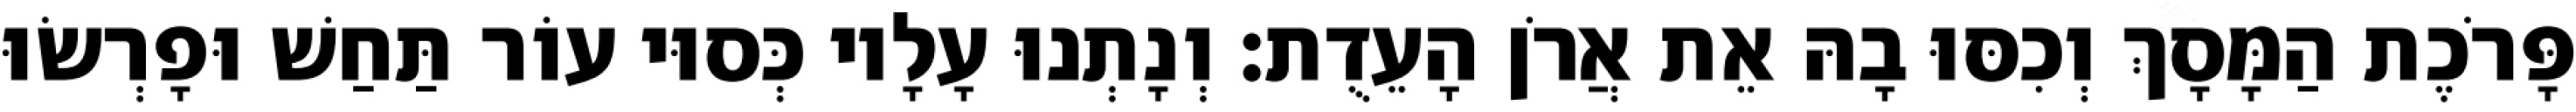
פָּרֹכֶת הַמָּסָךְ וְכִסּוּ בָהּ אֵת אֲרֹן הָעֵדֻת׃ וְנָתְנוּ עָלָיו כְּסוּי עוֹר תַּחַשׁ וּפָרְשׂוּ